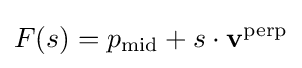
F(s)=p_{\mathrm {mid} }+s\cdot \mathbf {v} ^{\mathrm {perp} }